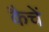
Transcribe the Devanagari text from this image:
कैचें